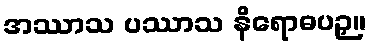
အဿာသ ပဿာသ နိရောဓပဉှ။